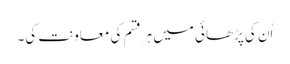
اُن کی پڑھائی میں ہر قسم کی معاونت کی۔